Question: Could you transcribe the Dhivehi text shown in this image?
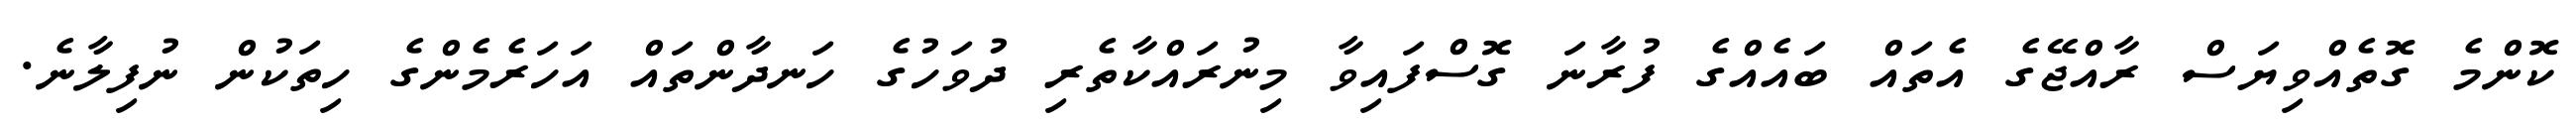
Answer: ކޮންމެ ގޮތެއްވިޔަސް ރާއްޖޭގެ އެތައް ބައެއްގެ ފުރާނަ ގޮސްފައިވާ މިނުރައްކާތެރި ދުވަހުގެ ހަނދާންތައް އަހަރެމެންގެ ހިތަކުން ނުފިލާނެ.